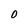
Character: O